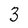
Character: 3